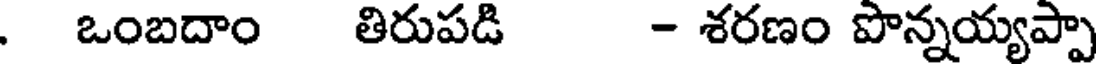
. ఒంబదాం తిరుపడి - శరణం పొన్నయ్యప్పా